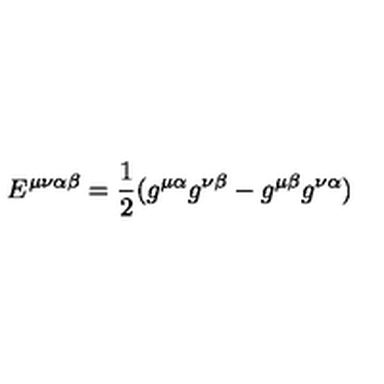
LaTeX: E ^ { \mu \nu \alpha \beta } = \frac { 1 } { 2 } ( g ^ { \mu \alpha } g ^ { \nu \beta } - g ^ { \mu \beta } g ^ { \nu \alpha } )